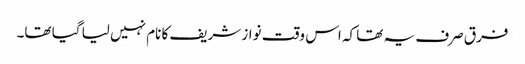
فرق صرف یہ تھا کہ اس وقت نواز شریف کا نام نہیں لیا گیا تھا۔